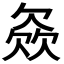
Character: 𣣓